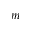
m